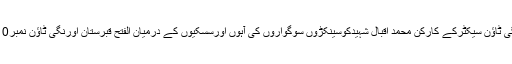
مزیدبراں ایم کیوایم اورنگی ٹاؤن سیکٹرکے کارکن محمد اقبال شہیدکوسینکڑوں سوگواروں کی آہوں اورسسکیوں کے درمیان الفتح قبرستان اورنگی ٹاؤن نمبر10میں سپردخاک کردیاگیا۔